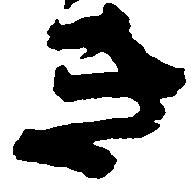
き